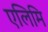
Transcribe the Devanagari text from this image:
एलिमि